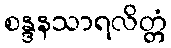
စန္ဒနသာရလိတ္တံ